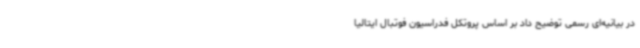
در بیانیه‌ای رسمی توضیح داد بر اساس پروتکل فدراسیون فوتبال ایتالیا